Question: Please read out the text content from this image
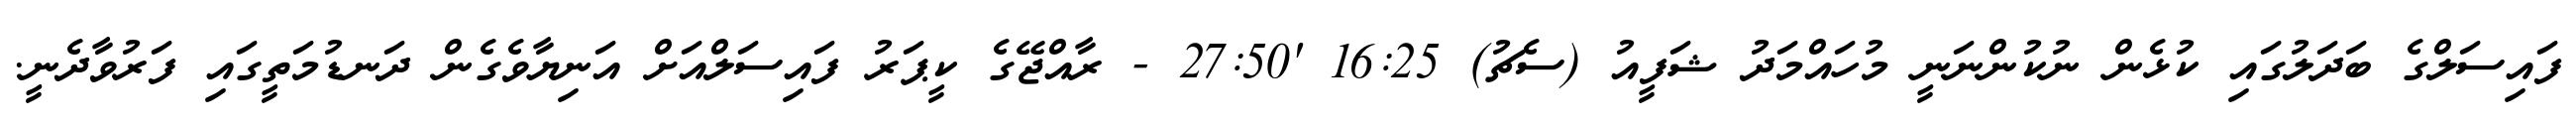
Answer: ފައިސަލްގެ ބަދަލުގައި ކުޅެން ނުކުންނަނީ މުހައްމަދު ޝަފީއު (ސެޗު) 16:25 '27:50 - ރާއްޖޭގެ ކީޕަރު ފައިސަލްއަށް އަނިޔާވެގެން ދަނޑުމަތީގައި ފަރުވާދެނީ.